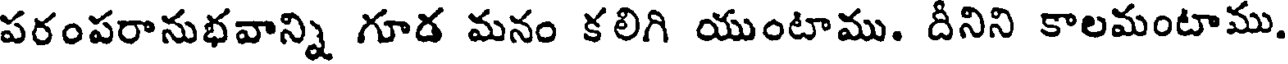
పరంపరానుభవాన్ని గూడ మనం కలిగి యుంటాము. దీనిని కాలమంటాము